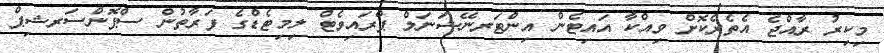
މިކިރު ރާއްޖެ އެތެރެކޮށް ވިއްކާ އައިޓެން އިންޓަރނޭޝަނަލް ޕްރައިވެޓް ލިމިޓެޑްގެ ފަރާތުން ސްޕޮންސަރޝިޕް